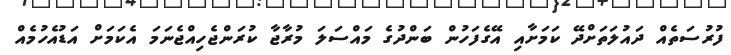
ފުރުސަތެއް ދައުލަތަށްދޭ ކަމަށާއި އޭގެފަހުން ބަންދުގެ މައްސަލަ މުރާޖާ ކުރަންޖެހިއްޖެނަމަ އެކަމަށް އަޑުއެހުމެއް